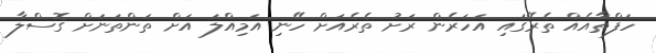
ހަފްތާއެއް ތެރޭގައި އަހަރެން ރަށު ތެރެއަށް ހޭނި އަމިއްލަ އަށް ތަންތަނަށް ގޮސްލާ